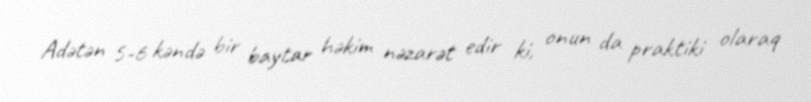
Adətən 5-6 kəndə bir baytar həkim nəzarət edir ki, onun da praktiki olaraq